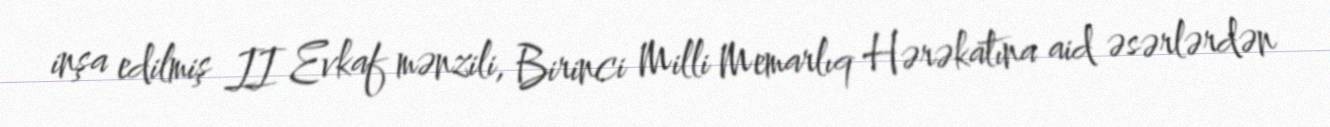
inşa edilmiş II Evkaf mənzili, Birinci Milli Memarlıq Hərəkatına aid əsərlərdən